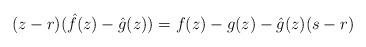
LaTeX: \begin{align*}(z-r)(\hat{f}(z)-\hat{g}(z))=f(z)-g(z)-\hat{g}(z)(s-r)\end{align*}